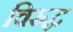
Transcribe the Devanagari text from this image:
विस्र्द्ध